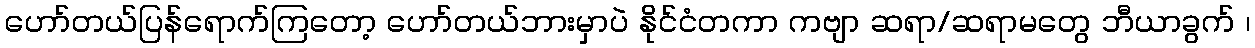
ဟော်တယ်ပြန်ရောက်ကြတော့ ဟော်တယ်ဘားမှာပဲ နိုင်ငံတကာ ကဗျာ ဆရာ/ဆရာမတွေ ဘီယာခွက် ၊